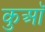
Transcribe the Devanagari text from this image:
कुआॅ